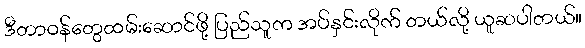
ဒီတာဝန်တွေထမ်းဆောင်ဖို့ ပြည်သူက အပ်နှင်းလိုက် တယ်လို့ ယူဆပါတယ်။